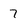
Character: 7